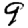
Digit: 9